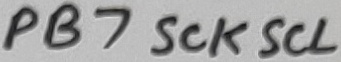
Text: PB7SCKSCL